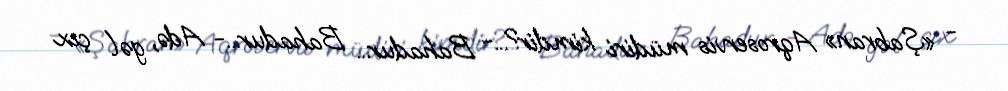
- «Şabran» Aqroservis müdiri kimdir?...- Bahadur... Bahadur...- Adə, gəl çıx